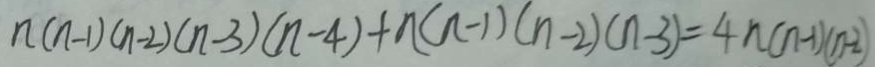
n ( n - 1 ) ( n - 2 ) ( n - 3 ) ( n - 4 ) + n ( n - 1 ) ( n - 2 ) ( n - 3 ) = 4 n ( n - 1 ) ( n - 2 )